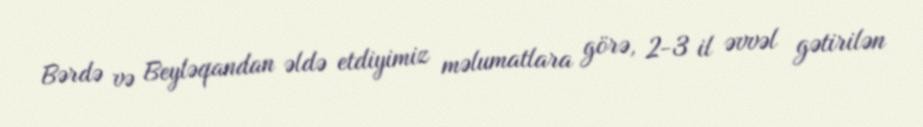
Bərdə və Beyləqandan əldə etdiyimiz məlumatlara görə, 2-3 il əvvəl gətirilən